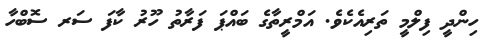
ހިންދީ ފިލްމީ ތަރިއެކެވެ. އަމްރީތާގެ ބައްޕަ ފަރާތު ހޫރު ކާފަ ސަރ ސޮބްހާ